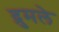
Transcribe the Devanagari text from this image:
द्रुमले